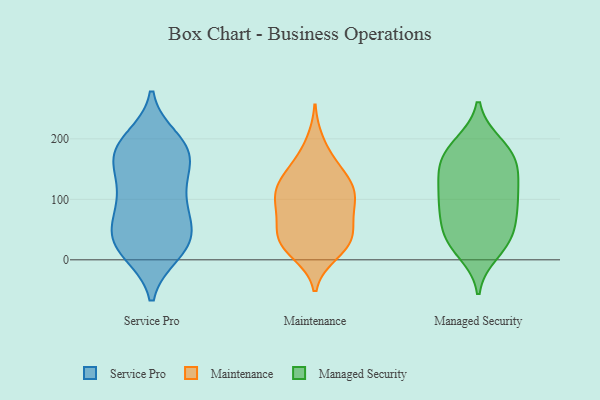
{"axis": {"x": "Operating Costs (USD K)", "y": "Value"}, "legend": ["Maintenance", "Managed Security", "Service Pro"], "data": [{"x": "", "y": 12, "type": "Service Pro"}, {"x": "", "y": 26, "type": "Service Pro"}, {"x": "", "y": 119, "type": "Service Pro"}, {"x": "", "y": 158, "type": "Service Pro"}, {"x": "", "y": 171, "type": "Service Pro"}, {"x": "", "y": 116, "type": "Service Pro"}, {"x": "", "y": 81, "type": "Service Pro"}, {"x": "", "y": 171, "type": "Service Pro"}, {"x": "", "y": 63, "type": "Service Pro"}, {"x": "", "y": 199, "type": "Service Pro"}, {"x": "", "y": 50, "type": "Service Pro"}, {"x": "", "y": 18, "type": "Service Pro"}, {"x": "", "y": 187, "type": "Service Pro"}, {"x": "", "y": 185, "type": "Service Pro"}, {"x": "", "y": 112, "type": "Service Pro"}, {"x": "", "y": 180, "type": "Service Pro"}, {"x": "", "y": 23, "type": "Service Pro"}, {"x": "", "y": 28, "type": "Service Pro"}, {"x": "", "y": 65, "type": "Service Pro"}, {"x": "", "y": 38, "type": "Maintenance"}, {"x": "", "y": 23, "type": "Maintenance"}, {"x": "", "y": 120, "type": "Maintenance"}, {"x": "", "y": 116, "type": "Maintenance"}, {"x": "", "y": 115, "type": "Maintenance"}, {"x": "", "y": 144, "type": "Maintenance"}, {"x": "", "y": 95, "type": "Maintenance"}, {"x": "", "y": 39, "type": "Maintenance"}, {"x": "", "y": 122, "type": "Maintenance"}, {"x": "", "y": 16, "type": "Maintenance"}, {"x": "", "y": 30, "type": "Maintenance"}, {"x": "", "y": 144, "type": "Maintenance"}, {"x": "", "y": 88, "type": "Maintenance"}, {"x": "", "y": 163, "type": "Maintenance"}, {"x": "", "y": 83, "type": "Maintenance"}, {"x": "", "y": 195, "type": "Maintenance"}, {"x": "", "y": 10, "type": "Maintenance"}, {"x": "", "y": 88, "type": "Maintenance"}, {"x": "", "y": 49, "type": "Maintenance"}, {"x": "", "y": 55, "type": "Maintenance"}, {"x": "", "y": 95, "type": "Managed Security"}, {"x": "", "y": 178, "type": "Managed Security"}, {"x": "", "y": 154, "type": "Managed Security"}, {"x": "", "y": 127, "type": "Managed Security"}, {"x": "", "y": 170, "type": "Managed Security"}, {"x": "", "y": 191, "type": "Managed Security"}, {"x": "", "y": 98, "type": "Managed Security"}, {"x": "", "y": 36, "type": "Managed Security"}, {"x": "", "y": 39, "type": "Managed Security"}, {"x": "", "y": 162, "type": "Managed Security"}, {"x": "", "y": 38, "type": "Managed Security"}, {"x": "", "y": 76, "type": "Managed Security"}, {"x": "", "y": 141, "type": "Managed Security"}, {"x": "", "y": 192, "type": "Managed Security"}, {"x": "", "y": 21, "type": "Managed Security"}, {"x": "", "y": 12, "type": "Managed Security"}, {"x": "", "y": 100, "type": "Managed Security"}, {"x": "", "y": 133, "type": "Managed Security"}, {"x": "", "y": 58, "type": "Managed Security"}, {"x": "", "y": 88, "type": "Managed Security"}]}